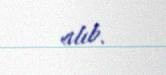
alıb.